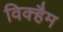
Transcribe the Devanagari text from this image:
विक्हैम